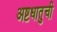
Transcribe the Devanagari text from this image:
अष्टधातुची